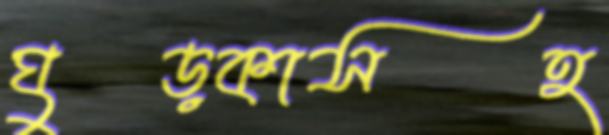
ঘুড়কাসহ